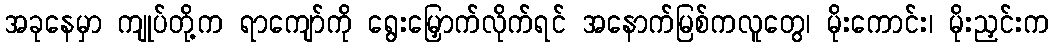
အခုနေမှာ ကျုပ်တို့က ရာကျော်ကို ရွေးမြှောက်လိုက်ရင် အနောက်မြစ်ကလူတွေ၊ မိုးကောင်း၊ မိုးညှင်းက